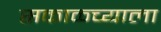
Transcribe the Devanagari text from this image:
सकाळ्च्याला